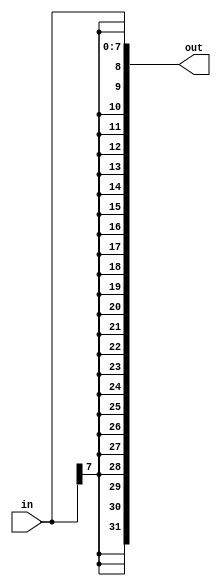
module top_module (
    input [7:0] in,
    output [31:0] out
);

    assign out[31:8] = {24{in[7]}};
    assign out[7:0] = in;

endmodule